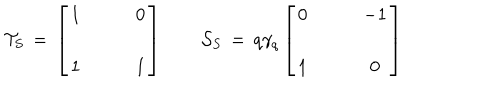
{ \cal T } _ { S } \, = \, \left[ \begin{array} { c c } { { 1 } } & { { \qquad 0 } } \\ { { } } & { { } } \\ { { 1 } } & { { \qquad 1 } } \\ \end{array} \right] \qquad { \cal S } _ { S } \, = \, q \gamma _ { q } \left[ \begin{array} { c c } { { 0 } } & { { \qquad - 1 } } \\ { { } } & { { } } \\ { { 1 } } & { { \qquad 0 } } \\ \end{array} \right]